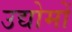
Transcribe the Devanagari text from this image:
उद्योमों